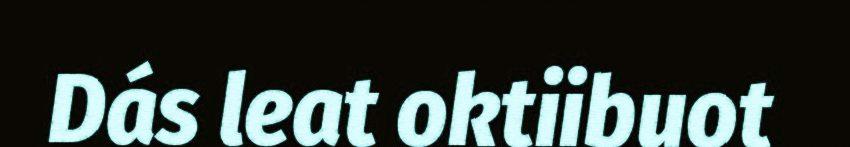
Dás leat oktiibuot